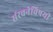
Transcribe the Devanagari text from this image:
संरचनेविषयी